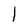
Character: 1